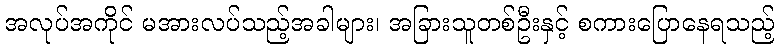
အလုပ်အကိုင် မအားလပ်သည့်အခါများ၊ အခြားသူတစ်ဦးနှင့် စကားပြောနေရသည့်